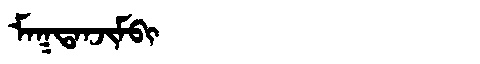
Manchu: ᠮᠠᡴᡨᠠᠨᠵᡳᠮᠪᡳ
Romanization: MAKTANJIMBI